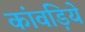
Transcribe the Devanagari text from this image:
कांवड़िये